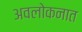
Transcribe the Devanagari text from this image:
अवलोकनात